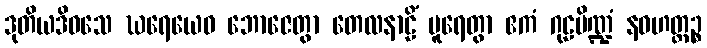
ဒုတိယဒိဝသေ ဃရေယေဝ ဘောဇေတွာ တေလနာဠိံ ပူရေတွာ ဧကံ ဂုဠပိဏ္ဍံ နဝဟတ္ထဉ္စ